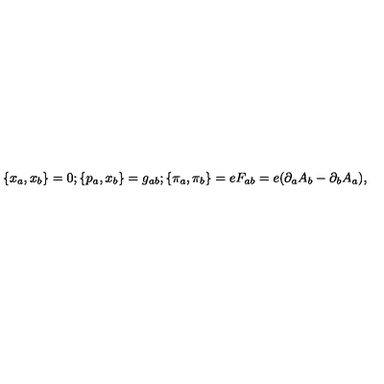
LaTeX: \{ x _ { a } , x _ { b } \} = 0 ; \{ p _ { a } , x _ { b } \} = g _ { a b } ; \{ \pi _ { a } , \pi _ { b } \} = e F _ { a b } = e ( \partial _ { a } A _ { b } - \partial _ { b } A _ { a } ) ,